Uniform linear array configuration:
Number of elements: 4
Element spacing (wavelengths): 0.75
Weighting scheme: uniform
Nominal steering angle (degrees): -30
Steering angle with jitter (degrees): -29.234
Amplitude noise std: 0.05
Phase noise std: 0.05

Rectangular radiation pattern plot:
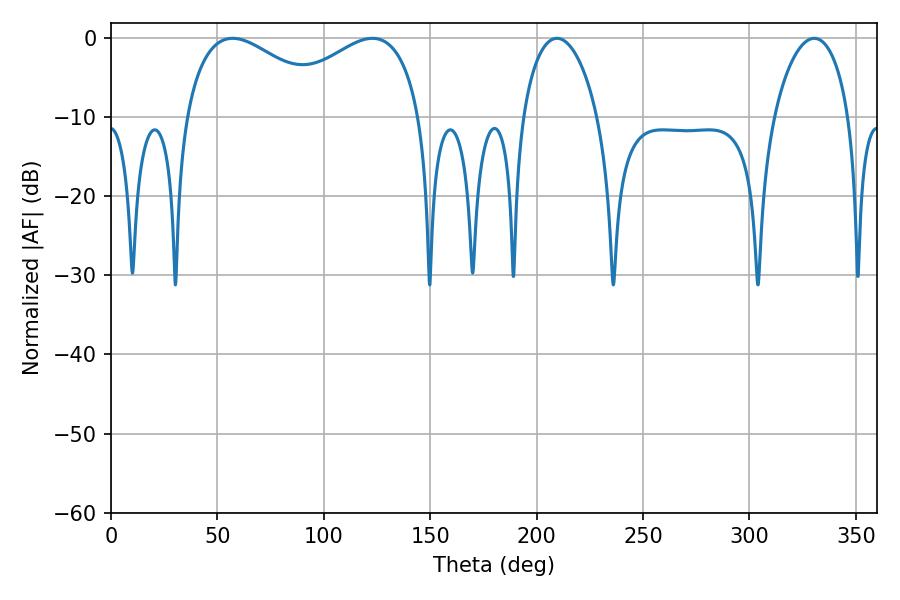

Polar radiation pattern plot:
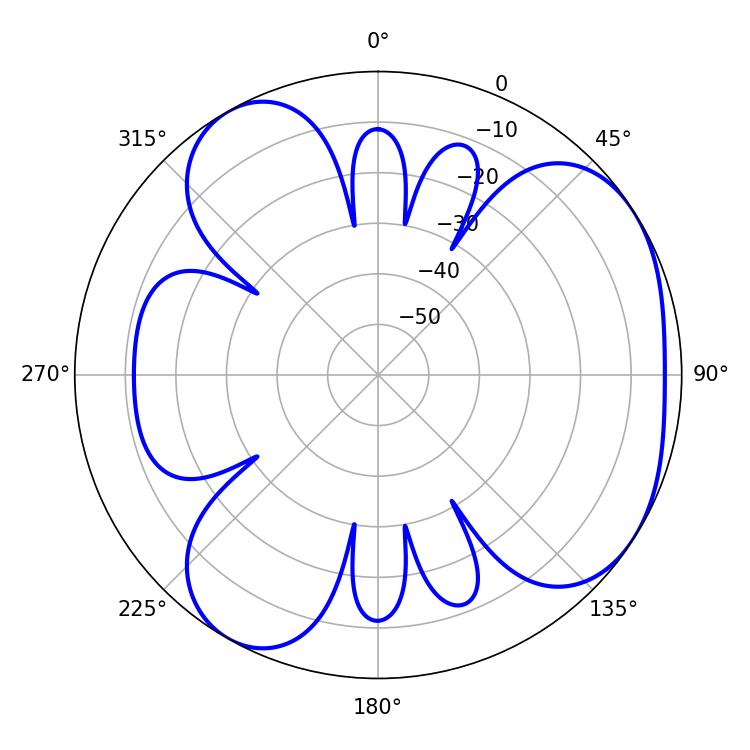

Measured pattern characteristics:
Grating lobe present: TRUE
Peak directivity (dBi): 4.624
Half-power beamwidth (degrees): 20.16
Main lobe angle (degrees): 209.52